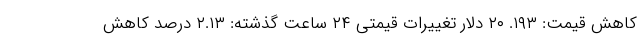
کاهش قیمت: ۱۹۳. ۲۰ دلار تغییرات قیمتی ۲۴ ساعت گذشته: ۲.۱۳ درصد کاهش